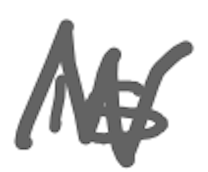
Text: is
Cross-out: zig-zag
Writing tool: digital_gray